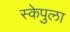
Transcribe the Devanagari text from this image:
स्केपुला